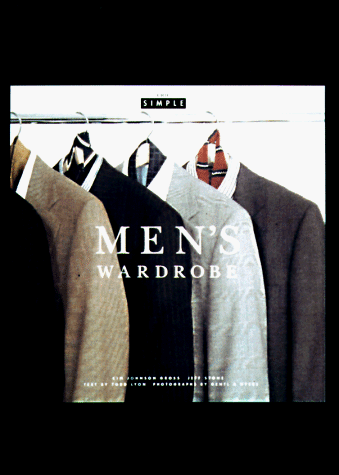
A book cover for Men's Wardrobe (Chic Simple); Chic Simple Partners; Health, Fitness & Dieting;